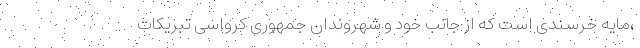
،مایه خرسندی است که از جانب خود و شهروندان جمهوری کرواسی تبریکات